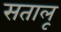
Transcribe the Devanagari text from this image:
सतालू